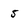
Character: 5